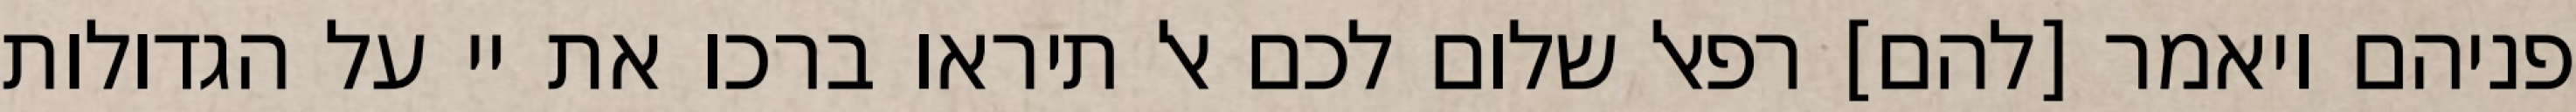
פניהם ויאמר [להם] רפאל שלום לכם אל תיראו ברכו את יי על הגדולות